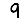
Digit: 9